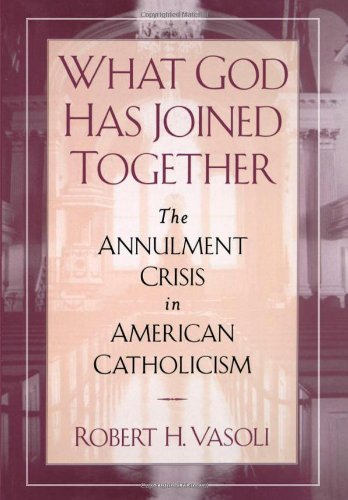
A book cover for What God Has Joined Together: The Annulment Crisis in American Catholicism; Robert H. Vasoli; Christian Books & Bibles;